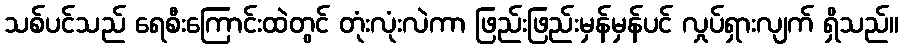
သစ်ပင်သည် ရေစီးကြောင်းထဲတွင် တုံးလုံးလဲကာ ဖြည်းဖြည်းမှန်မှန်ပင် လှုပ်ရှားလျက် ရှိသည်။